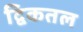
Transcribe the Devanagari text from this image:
द्विकतल